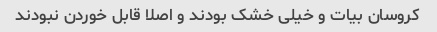
کروسان بیات و خیلی خشک بودند و اصلا قابل خوردن نبودند